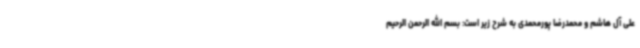
علی آل هاشم و محمدرضا پورمحمدی به شرح زیر است: بسم الله الرحمن الرحیم